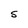
Character: 5